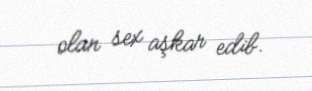
olan sex aşkar edib.